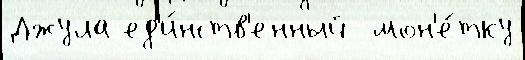
Джула ед'и́нств'енный  мон'е́тку